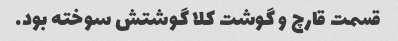
قسمت قارچ و گوشت کلا گوشتش سوخته بود.